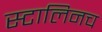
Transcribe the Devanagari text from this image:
स्टालिनच